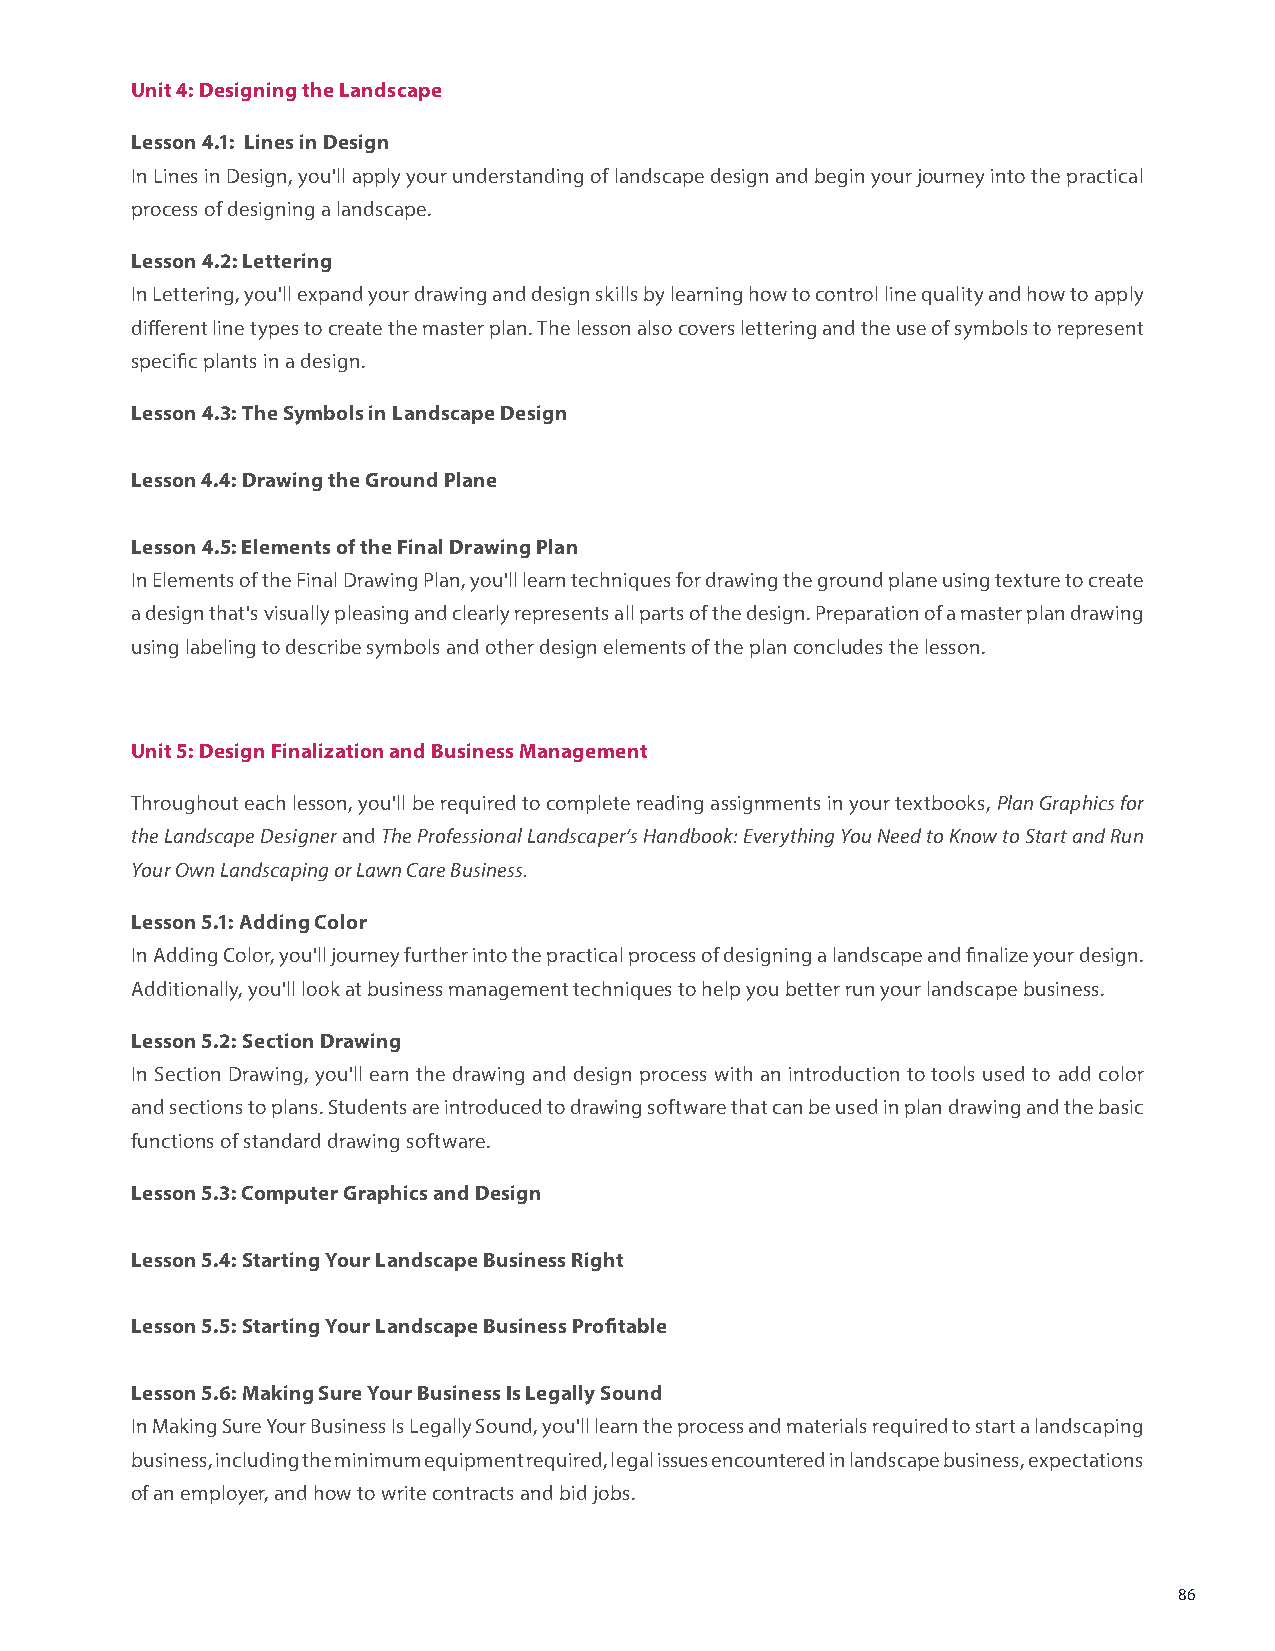
Unit 4: Designing the Landscape
 Lesson 4.1: Lines in Design
 In Lines in Design, you'll apply your understanding of landscape design and begin your journey into the practical
 process of designing a landscape.
 Lesson 4.2: Lettering
 In Lettering, you'll expand your drawing and design skills by learning how to control line quality and how to apply
 different line types to create the master plan. The lesson also covers lettering and the use of symbols to represent
 specific plants in a design.
 Lesson 4.3: The Symbols in Landscape Design
 Lesson 4.4: Drawing the Ground Plane
 Lesson 4.5: Elements of the Final Drawing Plan
 In Elements of the Final Drawing Plan, you'll learn techniques for drawing the ground plane using texture to create
 a design that's visually pleasing and clearly represents all parts of the design. Preparation of a master plan drawing
 using labeling to describe symbols and other design elements of the plan concludes the lesson.
 Unit 5: Design Finalization and Business Management
 Throughout each lesson, you'll be required to complete reading assignments in your textbooks, Plan Graphics for
 the Landscape Designer and The Professional Landscaper’s Handbook: Everything You Need to Know to Start and Run
 Your Own Landscaping or Lawn Care Business.
 Lesson 5.1: Adding Color
 In Adding Color, you'll journey further into the practical process of designing a landscape and finalize your design.
 Additionally, you'll look at business management techniques to help you better run your landscape business.
 Lesson 5.2: Section Drawing
 In Section Drawing, you'll earn the drawing and design process with an introduction to tools used to add color
 and sections to plans. Students are introduced to drawing software that can be used in plan drawing and the basic
 functions of standard drawing software.
 Lesson 5.3: Computer Graphics and Design
 Lesson 5.4: Starting Your Landscape Business Right
 Lesson 5.5: Starting Your Landscape Business Profitable
 Lesson 5.6: Making Sure Your Business Is Legally Sound
 In Making Sure Your Business Is Legally Sound, you'll learn the process and materials required to start a landscaping
 business, including the minimum equipment required, legal issues encountered in landscape business, expectations
 of an employer, and how to write contracts and bid jobs.
 86